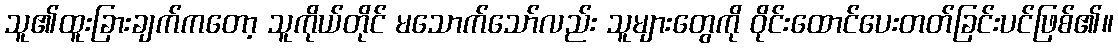
သူ၏ထူးခြားချက်ကတော့ သူကိုယ်တိုင် မသောက်သော်လည်း သူများတွေကို ဝိုင်းထောင်ပေးတတ်ခြင်းပင်ဖြစ်၏။